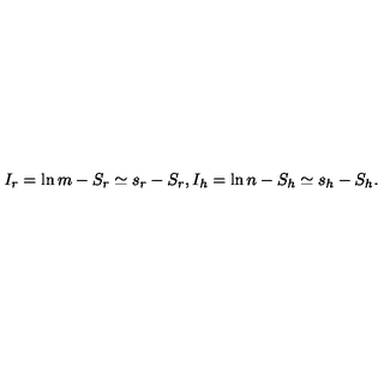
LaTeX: I _ { r } = \ln m - S _ { r } \simeq s _ { r } - S _ { r } , I _ { h } = \ln n - S _ { h } \simeq s _ { h } - S _ { h } .